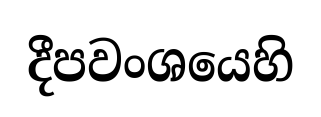
දීපවංශයෙහි